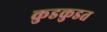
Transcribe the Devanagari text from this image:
कुडकुडत